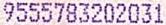
9555783202031